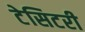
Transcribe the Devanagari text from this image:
टेसिटरी